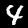
Digit: 4